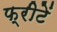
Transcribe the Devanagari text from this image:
फ्रीटें